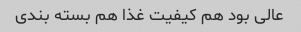
عالی بود هم کیفیت غذا هم بسته بندی